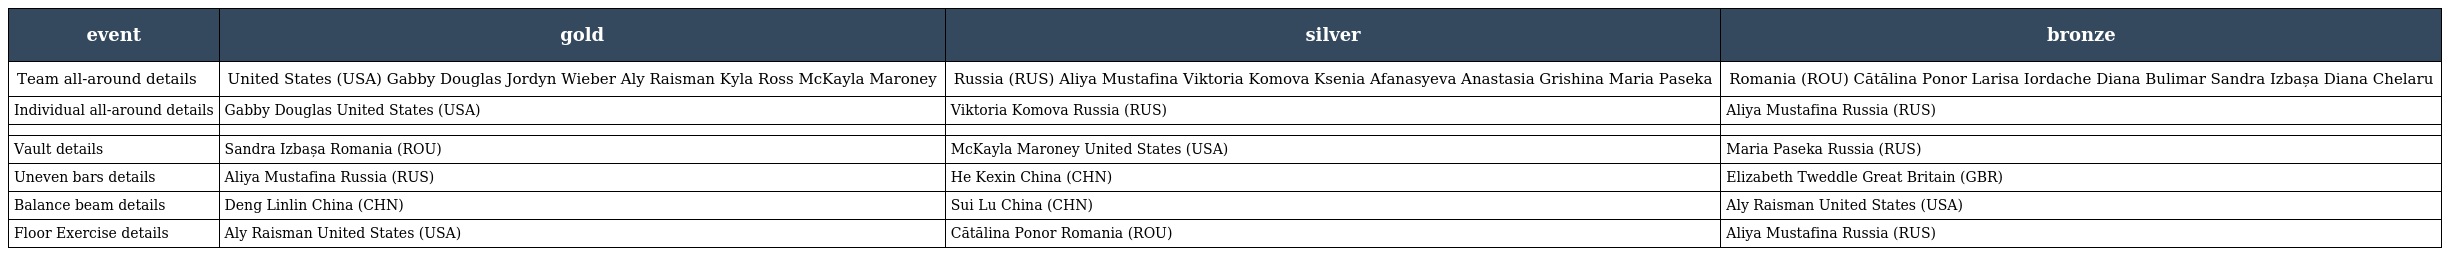
| event | gold | silver | bronze |
 | --- | --- | --- | --- |
 | Team all-around details | United States (USA) Gabby Douglas Jordyn Wieber Aly Raisman Kyla Ross McKayla Maroney | Russia (RUS) Aliya Mustafina Viktoria Komova Ksenia Afanasyeva Anastasia Grishina Maria Paseka | Romania (ROU) Cătălina Ponor Larisa Iordache Diana Bulimar Sandra Izbașa Diana Chelaru |
 | Individual all-around details | Gabby Douglas United States (USA) | Viktoria Komova Russia (RUS) | Aliya Mustafina Russia (RUS) |
 |  |  |  |  |
 | Vault details | Sandra Izbașa Romania (ROU) | McKayla Maroney United States (USA) | Maria Paseka Russia (RUS) |
 | Uneven bars details | Aliya Mustafina Russia (RUS) | He Kexin China (CHN) | Elizabeth Tweddle Great Britain (GBR) |
 | Balance beam details | Deng Linlin China (CHN) | Sui Lu China (CHN) | Aly Raisman United States (USA) |
 | Floor Exercise details | Aly Raisman United States (USA) | Cătălina Ponor Romania (ROU) | Aliya Mustafina Russia (RUS) |